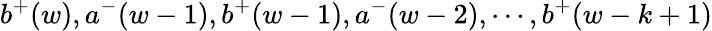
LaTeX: b^{+}(w),a^{-}(w-1),b^{+}(w-1),a^{-}(w-2),\cdots,b^{+}(w-k+1)